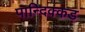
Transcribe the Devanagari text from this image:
पान्दिक्कड़